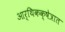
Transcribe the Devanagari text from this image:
आर्थिकक्षेत्रात